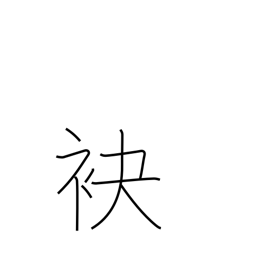
Meaning: foot (of hill)